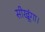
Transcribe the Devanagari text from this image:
सीखूंगा।